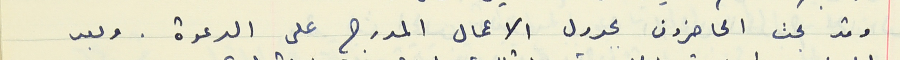
وقد بحث الحاضرون بجدول الاعمال المدرج على الدعوة. وبعد